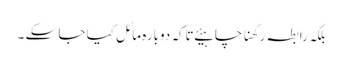
بلکہ رابطہ رکھنا چاہیئے تاکہ دوبارہ مائل کیا جا سکے ۔